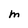
Character: M